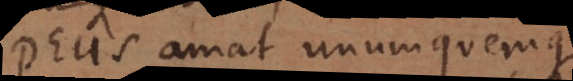
Deus amat unumquemque